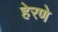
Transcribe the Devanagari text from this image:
हेरणे